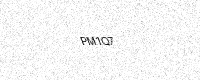
Text: PM1Q7